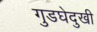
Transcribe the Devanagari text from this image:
गुडघेदुखी